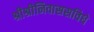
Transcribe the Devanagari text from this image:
श्रीश्रीनिवाससविधे